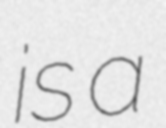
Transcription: is a